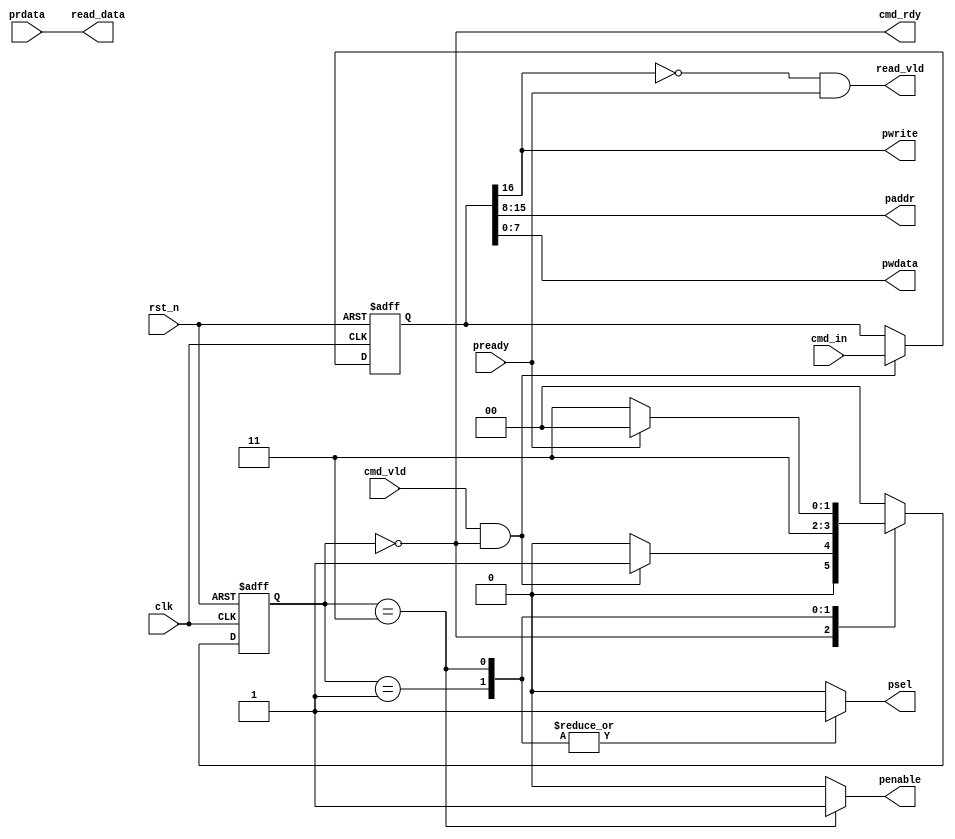
module apb_master #(
    parameter DATA_WD = 8,
    parameter ADDR_WD = 8
) (
    input                         clk,
    input                         rst_n,
    input [DATA_WD + ADDR_WD : 0] cmd_in,
    input                         cmd_vld,
    input [DATA_WD - 1 : 0]       prdata,
    input                         pready,
    output                        cmd_rdy,
    output                        psel,
    output                        penable,
    output                        pwrite,
    output [ADDR_WD - 1 : 0]      paddr,
    output [DATA_WD - 1 : 0]      pwdata,
    output                        read_vld,
    output [DATA_WD - 1 : 0]      read_data
);

//----------------------------tx----------------------------------------------

localparam [1:0] IDLE = 2'b00;
localparam [1:0] SETUP = 2'b01;
localparam [1:0] ACCESS = 2'b11;

reg [1:0] state,next_state;

reg r_psel,r_penable;
assign psel = r_psel;
assign penable = r_penable;

reg [DATA_WD + ADDR_WD : 0] r_cmd_in;

//control path
wire cmd_fire;
assign cmd_fire = cmd_vld && cmd_rdy;
assign cmd_rdy = state == IDLE;

always @(posedge clk or negedge rst_n) begin
    if(!rst_n) begin
        state <= IDLE;
    end
    else begin
        state <= next_state;
    end
end

always @(*) begin
    case(state)
        IDLE: begin
            if(cmd_fire) begin
                next_state = SETUP;
            end
            else begin
                next_state = IDLE;
            end
        end
        SETUP: begin
            next_state = ACCESS;
        end
        ACCESS: begin
            if(pready) begin
                next_state = IDLE;
            end
            else begin
                next_state = ACCESS;
            end
        end
        default: begin
            next_state = IDLE;
        end
    endcase
end

always @(*) begin
    r_psel = 'b0;
    r_penable = 'b0;
    case(state)
        IDLE: begin
        end
        SETUP: begin
            r_psel = 1'b1;
        end
        ACCESS: begin
            r_psel = 1'b1;
            r_penable = 1'b1;
        end
        default: begin
        end
    endcase
end


//data path
always @(posedge clk or negedge rst_n) begin
    if(!rst_n) begin
        r_cmd_in <= 'b0;
    end
    else if(cmd_fire) begin
        r_cmd_in <= cmd_in;
    end
end

assign paddr  = r_cmd_in[DATA_WD + ADDR_WD - 1 : DATA_WD];
assign pwdata = r_cmd_in[DATA_WD - 1 : 0];
assign pwrite = r_cmd_in[DATA_WD + ADDR_WD];

//---------------------------------------------rx----------------------------------

assign read_data = prdata;
assign read_vld = ~pwrite && pready;

endmodule